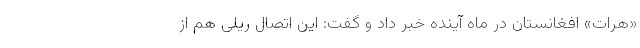
«هرات» افغانستان در ماه آینده خبر داد و گفت: این اتصال ریلی هم از